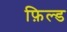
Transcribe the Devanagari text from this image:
फ़िल्ड